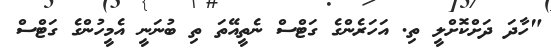
"ހާދަ ދަށްކޮށްލީ ތި. އަހަރެންގެ ގަޓްސް ނެތީއޭތަ ތި ބުނަނީ އެމީހުންގެ ގަޓްސް